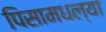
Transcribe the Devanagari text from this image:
पिसामधल्या